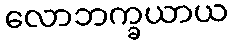
လောဘက္ခယာယ